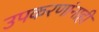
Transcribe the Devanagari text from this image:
उपकरणांनाही